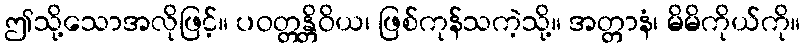
ဤသို့သောအလိုဖြင့်။ ပဝတ္တန္တိဝိယ၊ ဖြစ်ကုန်သကဲ့သို့။ အတ္တာနံ၊ မိမိကိုယ်ကို။